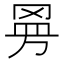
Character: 𱻀